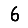
Digit: 6